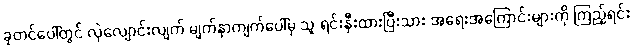
ခုတင်ပေါ်တွင် လှဲလျောင်းလျက် မျက်နှာကျက်ပေါ်မှ သူ ရင်းနှီးထားပြီးသား အရေးအကြောင်းများကို ကြည့်ရင်း